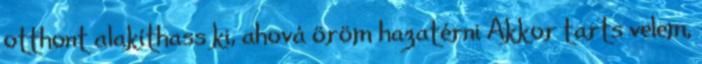
otthont alakíthass ki, ahová öröm hazatérni Akkor tarts velem,